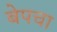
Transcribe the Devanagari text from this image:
बेपचा